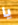
يا